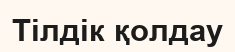
Тілдік қолдау